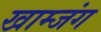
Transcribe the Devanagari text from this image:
खाम्जंग